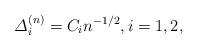
LaTeX: \begin{align*}\varDelta_i^{(n)}=C_i n^{-1/2},i=1,2, \end{align*}